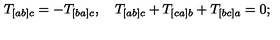
T _ { [ a b ] c } = - T _ { [ b a ] c } , \quad T _ { [ a b ] c } + T _ { [ c a ] b } + T _ { [ b c ] a } = 0 ;